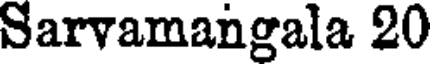
Sarvamangala 20